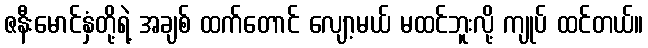
ဇနီးမောင်နှံတို့ရဲ့ အချစ် ထက်တောင် လျော့မယ် မထင်ဘူးလို့ ကျုပ် ထင်တယ်။